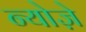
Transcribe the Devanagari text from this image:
न्योज़े